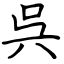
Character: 呉